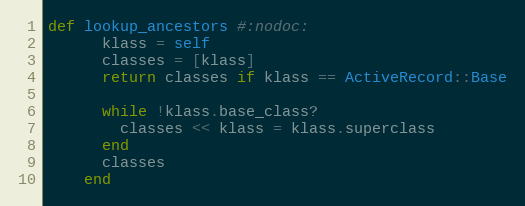
Language: Ruby
def lookup_ancestors #:nodoc:
      klass = self
      classes = [klass]
      return classes if klass == ActiveRecord::Base

      while !klass.base_class?
        classes << klass = klass.superclass
      end
      classes
    end